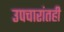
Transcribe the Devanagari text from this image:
उपचारांतही